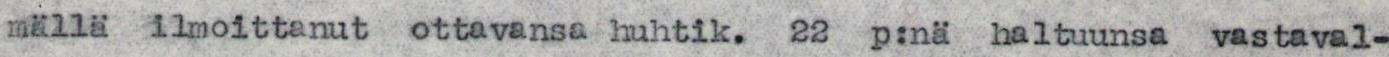
mällä ilmoittanut ottavansa huhtik. 22 p:nä haltuunsa vastaval-